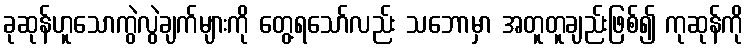
ခုဆုန်ဟူသောကွဲလွဲချက်များကို တွေ့ရသော်လည်း သဘောမှာ အတူတူချည်းဖြစ်၍ ကုဆုန်ကို